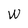
Character: W